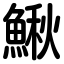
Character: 鰍